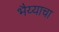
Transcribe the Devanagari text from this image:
भैय्याचा